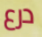
درع